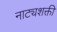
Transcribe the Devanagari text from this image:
नाट्यशक्ती